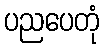
ပညပေတုံ